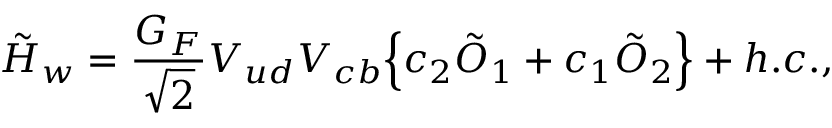
\tilde { H } _ { w } = { \frac { G _ { F } } { \sqrt { 2 } } } V _ { u d } V _ { c b } \Bigl \{ c _ { 2 } \tilde { O } _ { 1 } + c _ { 1 } \tilde { O } _ { 2 } \Bigr \} + h . c . ,